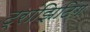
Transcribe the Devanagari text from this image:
ट्रांझिटिंग